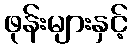
ဖုန်းများနှင့်